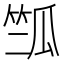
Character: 𰩽